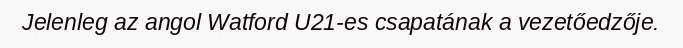
Jelenleg az angol Watford U21-es csapatának a vezetőedzője.